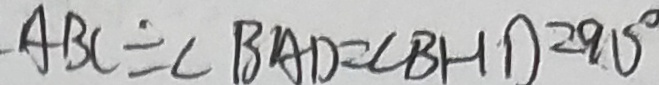
A B C = \angle B A D = \angle B H D = 9 0 ^ { \circ }